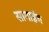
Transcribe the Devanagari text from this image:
सागाइंग